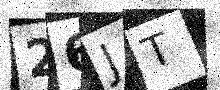
Text: 26JT